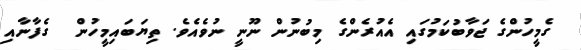
ގެމީހުންގެ ޖަވާބުކަމުގައި އެއުރެންގެ މިބުނުން ނޫނީ ނުވެއެވެ. ތިޔަބައިމީހުން  ގެފާނާއި